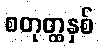
စတုတ္ထနှစ်